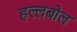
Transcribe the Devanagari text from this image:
हल्लबोल